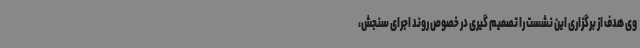
وی هدف از برگزاری این نشست را تصمیم گیری در خصوص روند اجرای سنجش،